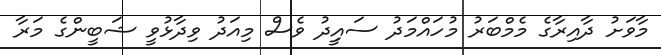
މާވަށު ދާއިރާގެ މެމްބަރު މުހައްމަދު ސައީިދު ވެސް މިއަދު ވިދާޅުވީ ޝަބީންގެ މަރާ